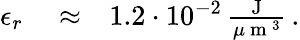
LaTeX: \begin{array}{rlr}{\epsilon_{r}}&{{}\approx}&{1.2\cdot 10^{-2}\, \frac{\mathrm{~J~}}{\mu\mathrm{~m~}^{3}}\, .}\end{array}